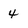
Character: 4